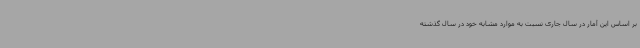
بر اساس این آمار در سال جاری نسبت به موارد مشابه خود در سال گذشته